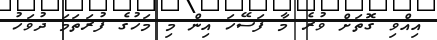
އިއްވި ގޮތަށް ވުރެ މާ ފަސޭހަ އިން މި މަހުގެ ފުރަތަމަ ދުވަހު